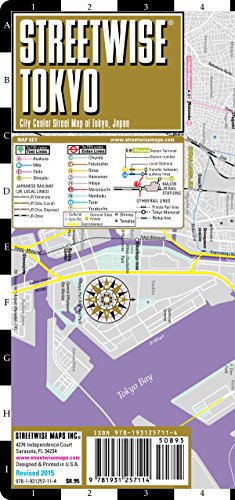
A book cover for Streetwise Tokyo Map - Laminated City Center Street Map of Tokyo, Japan; Streetwise Maps; Reference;